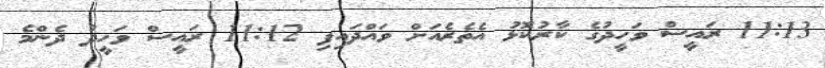
11:13 ރައީސް ވަހީދުގެ ކާރުކޮޅު އެތެރެއަށް ވައްދައިފި 11:12 ރައީސް ވަހީދު ދެންމެ